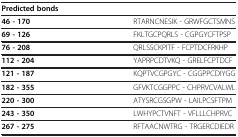
<table><thead><tr><td colspan="2"><b>Predicted bonds</b></td></tr></thead><tbody><tr><td><b>46 - 170</b></td><td>RTARNCNESIK - GRWFGCTSMNS</td></tr><tr><td><b>69 - 126</b></td><td>FKLTGCPQRLS - CGPGYCFTPSP</td></tr><tr><td><b>76 - 208</b></td><td>QRLSSCKPITF - FCPTDCFRKHP</td></tr><tr><td><b>112 - 204</b></td><td>YAPRPCDTVKQ - GRELFCPTDCF</td></tr><tr><td><b>121 - 187</b></td><td>KQPTVCGPGYC - CGGPPCDIYGG</td></tr><tr><td><b>182 - 355</b></td><td>GFVKTCGGPPC - CHPRVCVALWL</td></tr><tr><td><b>220 - 300</b></td><td>ATYSRCGSGPW - LAILPCSFTPM</td></tr><tr><td><b>243 - 350</b></td><td>LWHYPCTVNFT - VFLLLCHPRVC</td></tr><tr><td><b>267 - 275</b></td><td>RFTAACNWTRG - TRGERCDIEDR</td></tr></tbody></table>